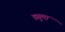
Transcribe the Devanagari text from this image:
ड्युमा